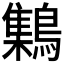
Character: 𪆐